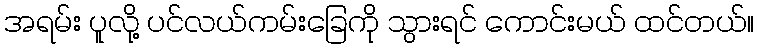
အရမ်း ပူလို့ ပင်လယ်ကမ်းခြေကို သွားရင် ကောင်းမယ် ထင်တယ်။